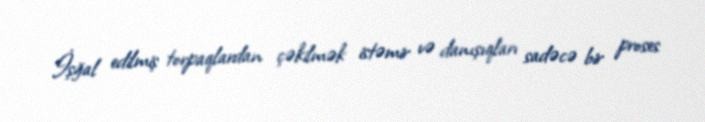
İşğal edilmiş torpaqlardan çəkilmək istəmir və danışıqları sadəcə bir proses